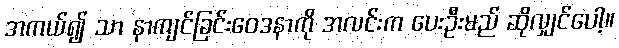
အကယ်၍ သာ နာကျင်ခြင်းဝေဒနာကို အလင်းက ပေးဦးမည် ဆိုလျှင်ပေါ့။